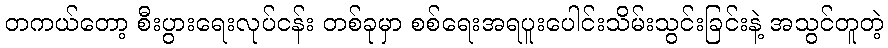
တကယ်တော့ စီးပွားရေးလုပ်ငန်း တစ်ခုမှာ စစ်ရေးအရပူးပေါင်းသိမ်းသွင်းခြင်းနဲ့ အသွင်တူတဲ့